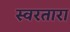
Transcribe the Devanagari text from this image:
स्वरतारा